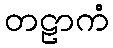
တဠာကံ